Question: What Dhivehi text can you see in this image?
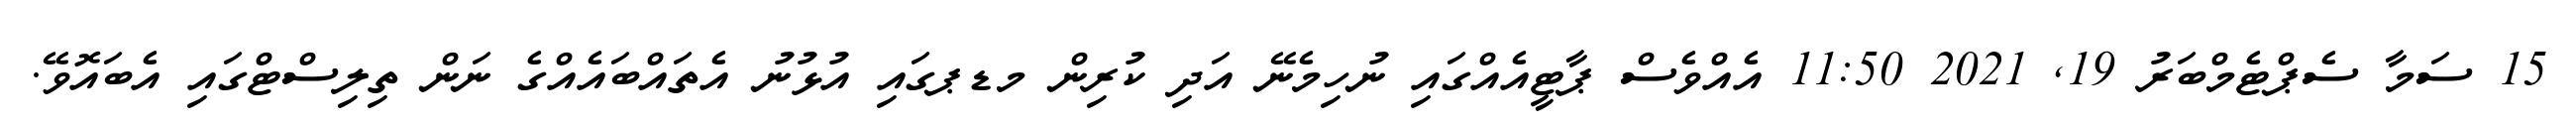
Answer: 15 ސަމާ ސެޕްޓެމްބަރު 19, 2021 11:50 އެއްވެސް ޕާޓީއެއްގައި ނުހިމެނޭ އަދި ކުރިން މޑޕގައި އުޅުނު އެތައްބައެއްގެ ނަން ތިލިސްޓްގައި އެބައޮވޭ.